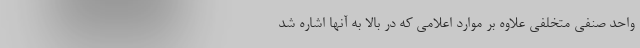
واحد صنفی متخلفی علاوه بر موارد اعلامی که در بالا به آنها اشاره شد